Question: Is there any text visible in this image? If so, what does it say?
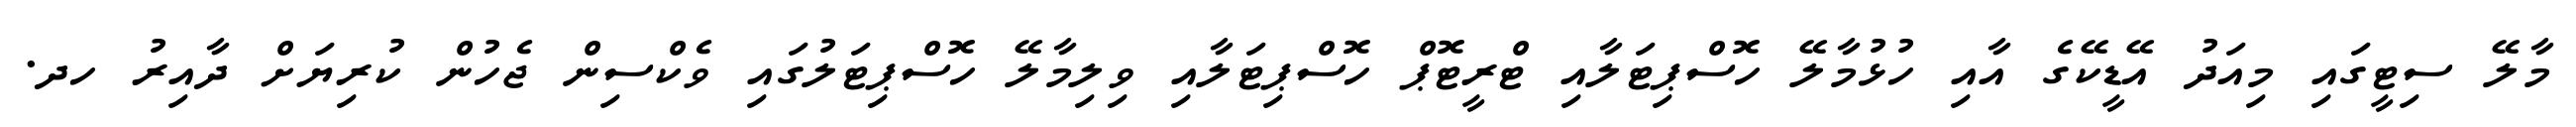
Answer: މާލޭ ސިޓީގައި މިއަދު އޭޑީކޭގެ އާއި ހުޅުމާލޭ ހޮސްޕިޓަލާއި ޓްރީޓޮޕް ހޮސްޕިޓަލާއި ވިލިމާލޭ ހޮސްޕިޓަލުގައި ވެކްސިން ޖެހުން ކުރިޔަށް ދާއިރު ހދ.